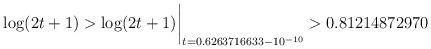
LaTeX: \begin{align*}\log(2t+1) > \log(2t+1)\biggr\rvert_{t=0.6263716633 - 10^{-10}} > 0.81214872970 \quad\end{align*}